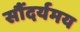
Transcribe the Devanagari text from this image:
सौंदर्यमय